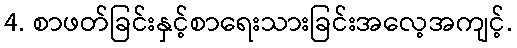
4. စာဖတ်ခြင်းနှင့်စာရေးသားခြင်းအလေ့အကျင့်.